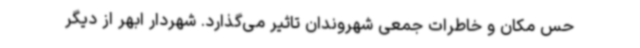
حس مکان و خاطرات جمعی شهروندان تاثیر می‌گذارد. شهردار ابهر از دیگر